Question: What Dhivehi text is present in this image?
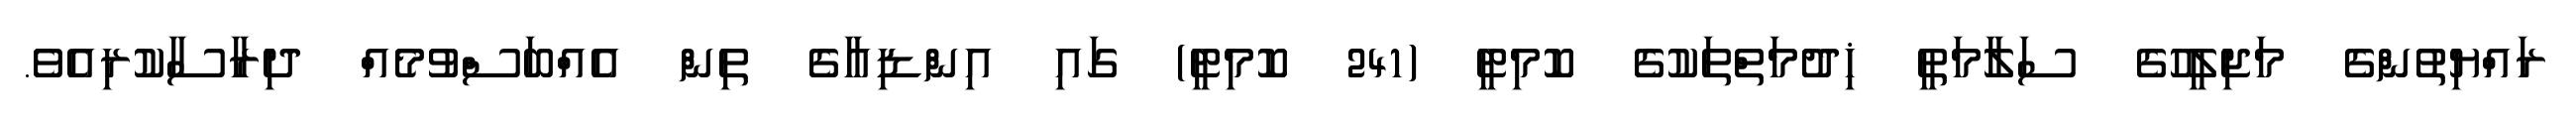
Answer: ރައްޔިތުންގެ މަޖިލީހުގެ ސަލާމަތީ ޚިދުމަތްތަކުގެ ކޮމިޓީ (241 ކޮމިޓީ) ގައި އިންޑިއާގެ ތިން އެއްބަސްވުމެއް ދިރާސާކުރިއެވެ.